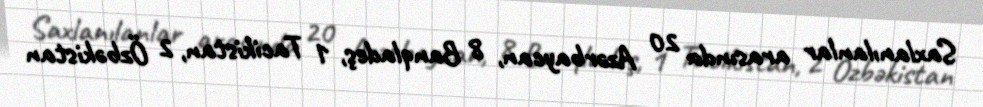
Saxlanılanlar arasında 20 Azərbaycan, 8 Banqladeş, 1 Tacikistan, 2 Özbəkistan